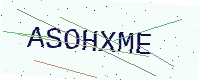
Text: ASOHXME